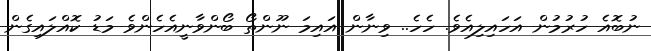
ނުބޮއެ ހުރުމުން އަހައިލިއެވެ. ހެހެ.. ވިނާން އައިމަ ނޫންތޯ ބޯންވާނީއެހެންވެ މަޑު ކޮއްލައިގެން